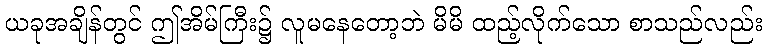
ယခုအချိန်တွင် ဤအိမ်ကြီး၌ လူမနေတော့ဘဲ မိမိ ထည့်လိုက်သော စာသည်လည်း